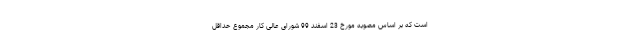
است که بر اساس مصوبه مورخ 23 اسفند 99 شورای عالی کار مجموع حداقل